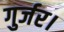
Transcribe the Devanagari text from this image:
गुर्जर।